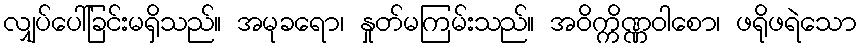
လျှပ်ပေါ်ခြင်းမရှိသည်။ အမုခရော၊ နှုတ်မကြမ်းသည်။ အဝိက္ကိဏ္ဏဝါစော၊ ဖရိုဖရဲသော